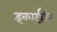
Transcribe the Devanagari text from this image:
इकाईहीन